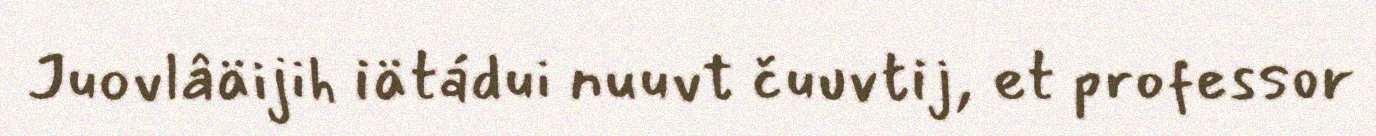
Juovlâäijih iätádui nuuvt čuuvtij, et professor